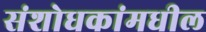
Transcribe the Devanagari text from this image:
संशोधकांमधील